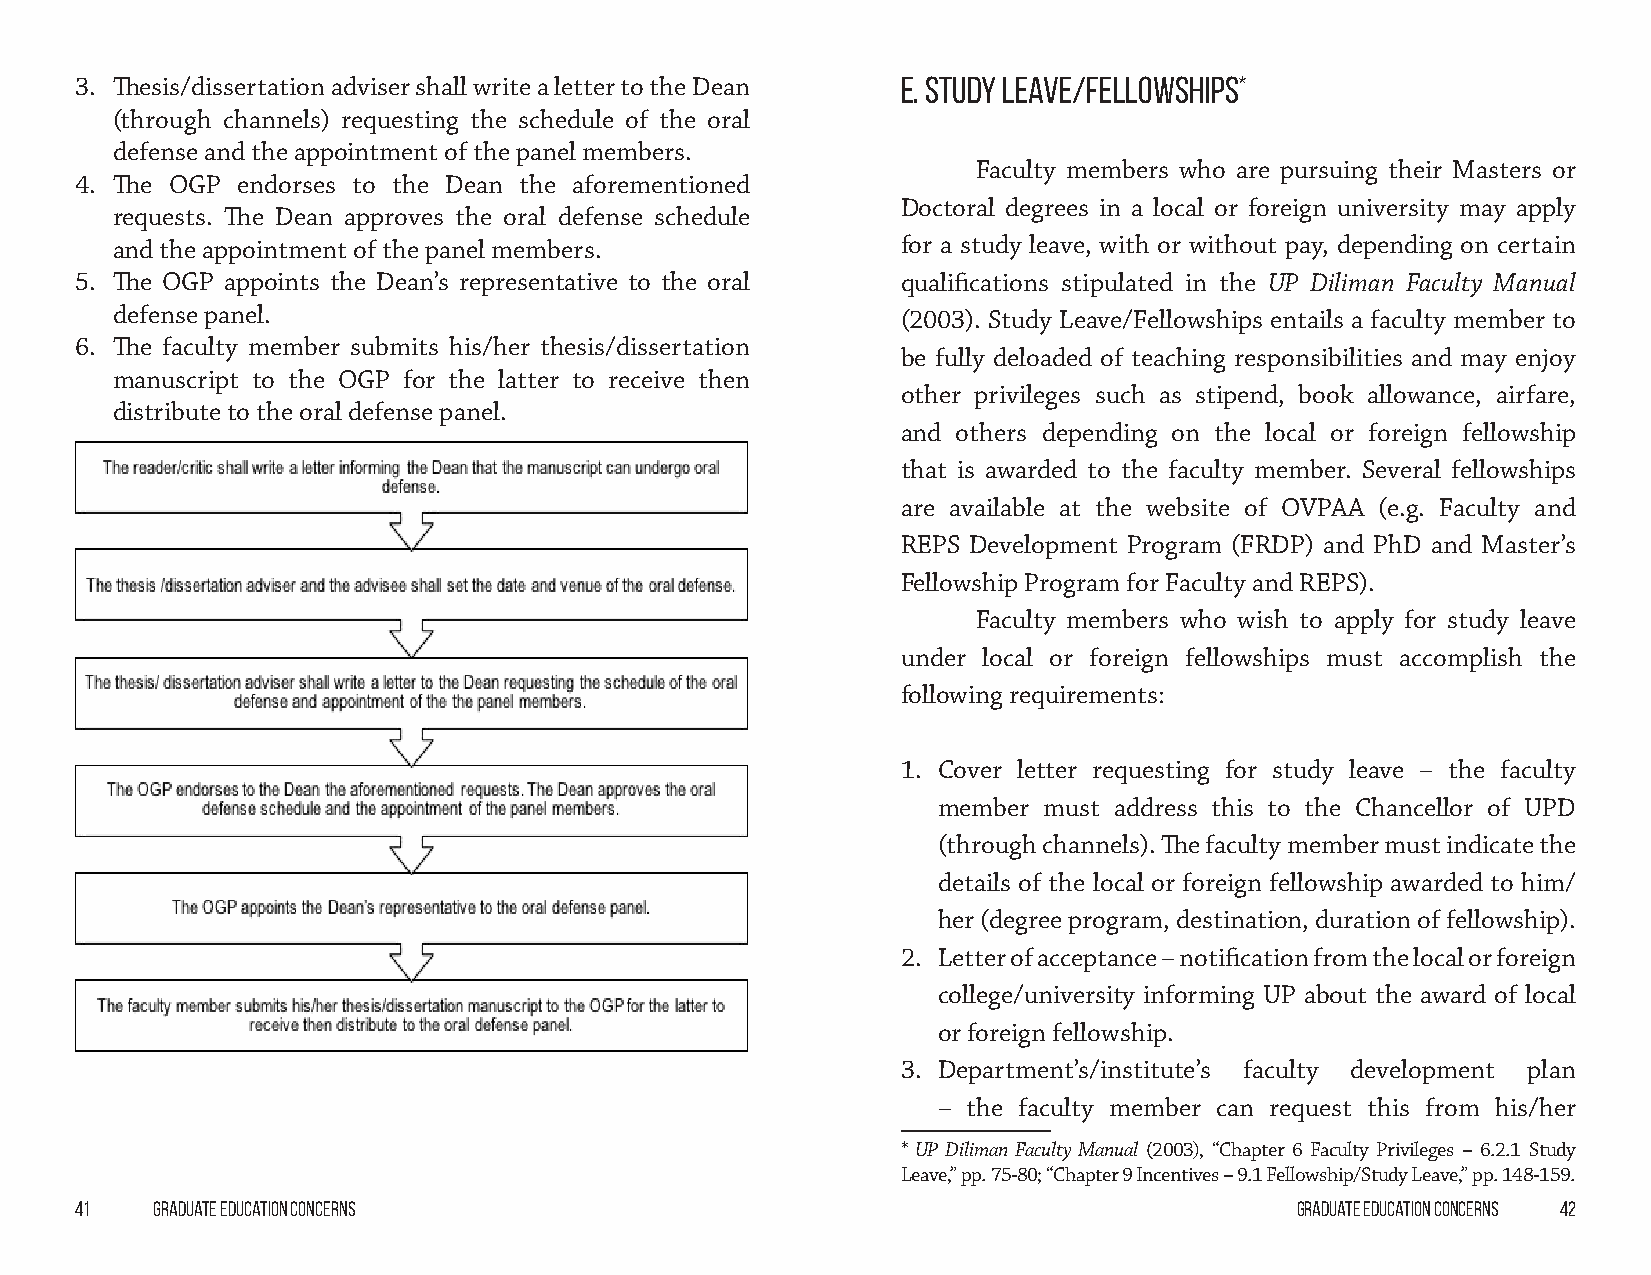
3. Thesis/dissertation adviser shall write a letter to the Dean E. Study Leave/Fellowships*
 (through channels) requesting the schedule of the oral
 defense and the appointment of the panel members.
 Faculty members who are pursuing their Masters or
 4. The OGP endorses to the Dean the aforementioned
 Doctoral degrees in a local or foreign university may apply
 requests. The Dean approves the oral defense schedule
 and the appointment of the panel members.            for a study leave, with or without pay, depending on certain
 5. The OGP appoints the Dean’s representative to the oral qualifications stipulated in the UP Diliman Faculty Manual
 defense panel.                                       (2003). Study Leave/Fellowships entails a faculty member to
 6. The faculty member submits his/her thesis/dissertation
 be fully deloaded of teaching responsibilities and may enjoy
 manuscript to the OGP for the latter to receive then
 other privileges such as stipend, book allowance, airfare,
 distribute to the oral defense panel.
 and others depending on the local or foreign fellowship
 that is awarded to the faculty member. Several fellowships
 are available at the website of OVPAA (e.g. Faculty and
 REPS Development Program (FRDP) and PhD and Master’s
 Fellowship Program for Faculty and REPS).
 Faculty members who wish to apply for study leave
 under local or foreign fellowships must accomplish the
 following requirements:
 1. Cover letter requesting for study leave – the faculty
 member must address this to the Chancellor of UPD
 (through channels). The faculty member must indicate the
 details of the local or foreign fellowship awarded to him/
 her (degree program, destination, duration of fellowship).
 2. Letter of acceptance – notification from the local or foreign
 college/university informing UP about the award of local
 or foreign fellowship.
 3. Department’s/institute’s faculty development plan
 – the faculty member can request this from his/her
 * UP Diliman Faculty Manual (2003), “Chapter 6 Faculty Privileges – 6.2.1 Study
 Leave,” pp. 75-80; “Chapter 9 Incentives – 9.1 Fellowship/Study Leave,” pp. 148-159.
 41   Graduate Education Concerns                                                 Graduate Education Concerns 42